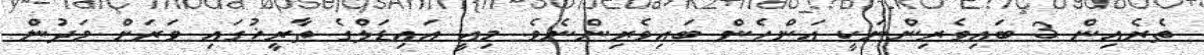
ތެރެއިން 3 ބައިވެރިންނަކީ އަންހެން ބައިވެރިންނެވެ. މިއީ އައިޑަލްގެ ތާރީޚުގައި ވަރަށް މަދުން